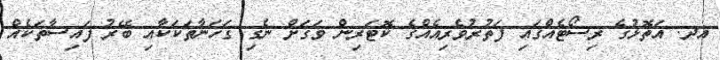
އދ. އަތޮޅުގެ ރިސޯޓެއްގައި ފަތުރުވެރިއެއްގެ ކޮޓަރިން ވަގަށް ނެގި ގަހަނާތަކަކާއި ބޭރު ފައިސާތަކެއް